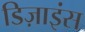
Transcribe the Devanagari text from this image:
डिज़ाइंस